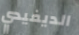
الديفيدي